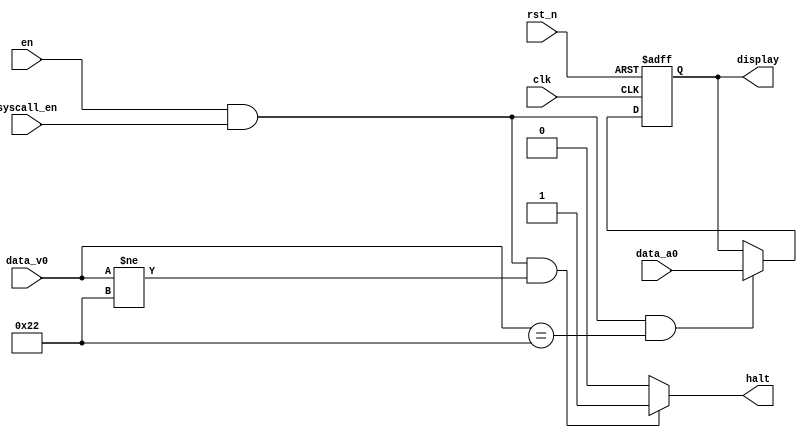
`timescale 1ns / 1ps

// Brief: Syscall Module, synchronized
// Description: If $v0 is 34, display content of $a0 on the 7-segment display;
//              Otherwise pause the execution of the program
module SynSyscall(clk, rst_n, en, syscall_en, data_v0, data_a0, display, halt);
    input clk;
    input rst_n;
    input en;
    input syscall_en;       
    input [31:0] data_v0;
    input [31:0] data_a0;
    output reg [31:0] display;
    output halt;

    wire enabled = en && syscall_en;
    assign halt = (enabled && data_v0 != 'd34) ? 1 : 0;
    always @(posedge clk, negedge rst_n) begin
        if (!rst_n)
            display <= 0;
        else if (enabled && data_v0 == 'd34)
            display <= data_a0;
    end
endmodule